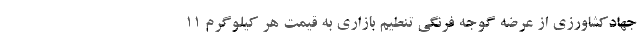
جهادکشاورزی از عرضه گوجه فرنگی تنطیم بازاری به قیمت هر کیلوگرم 11